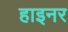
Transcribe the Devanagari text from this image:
हाइनर